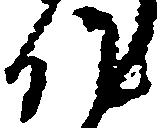
作